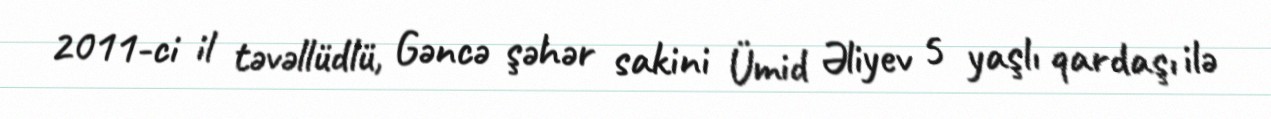
2011-ci il təvəllüdlü, Gəncə şəhər sakini Ümid Əliyev 5 yaşlı qardaşı ilə